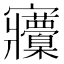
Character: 𡬒